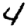
Digit: 4